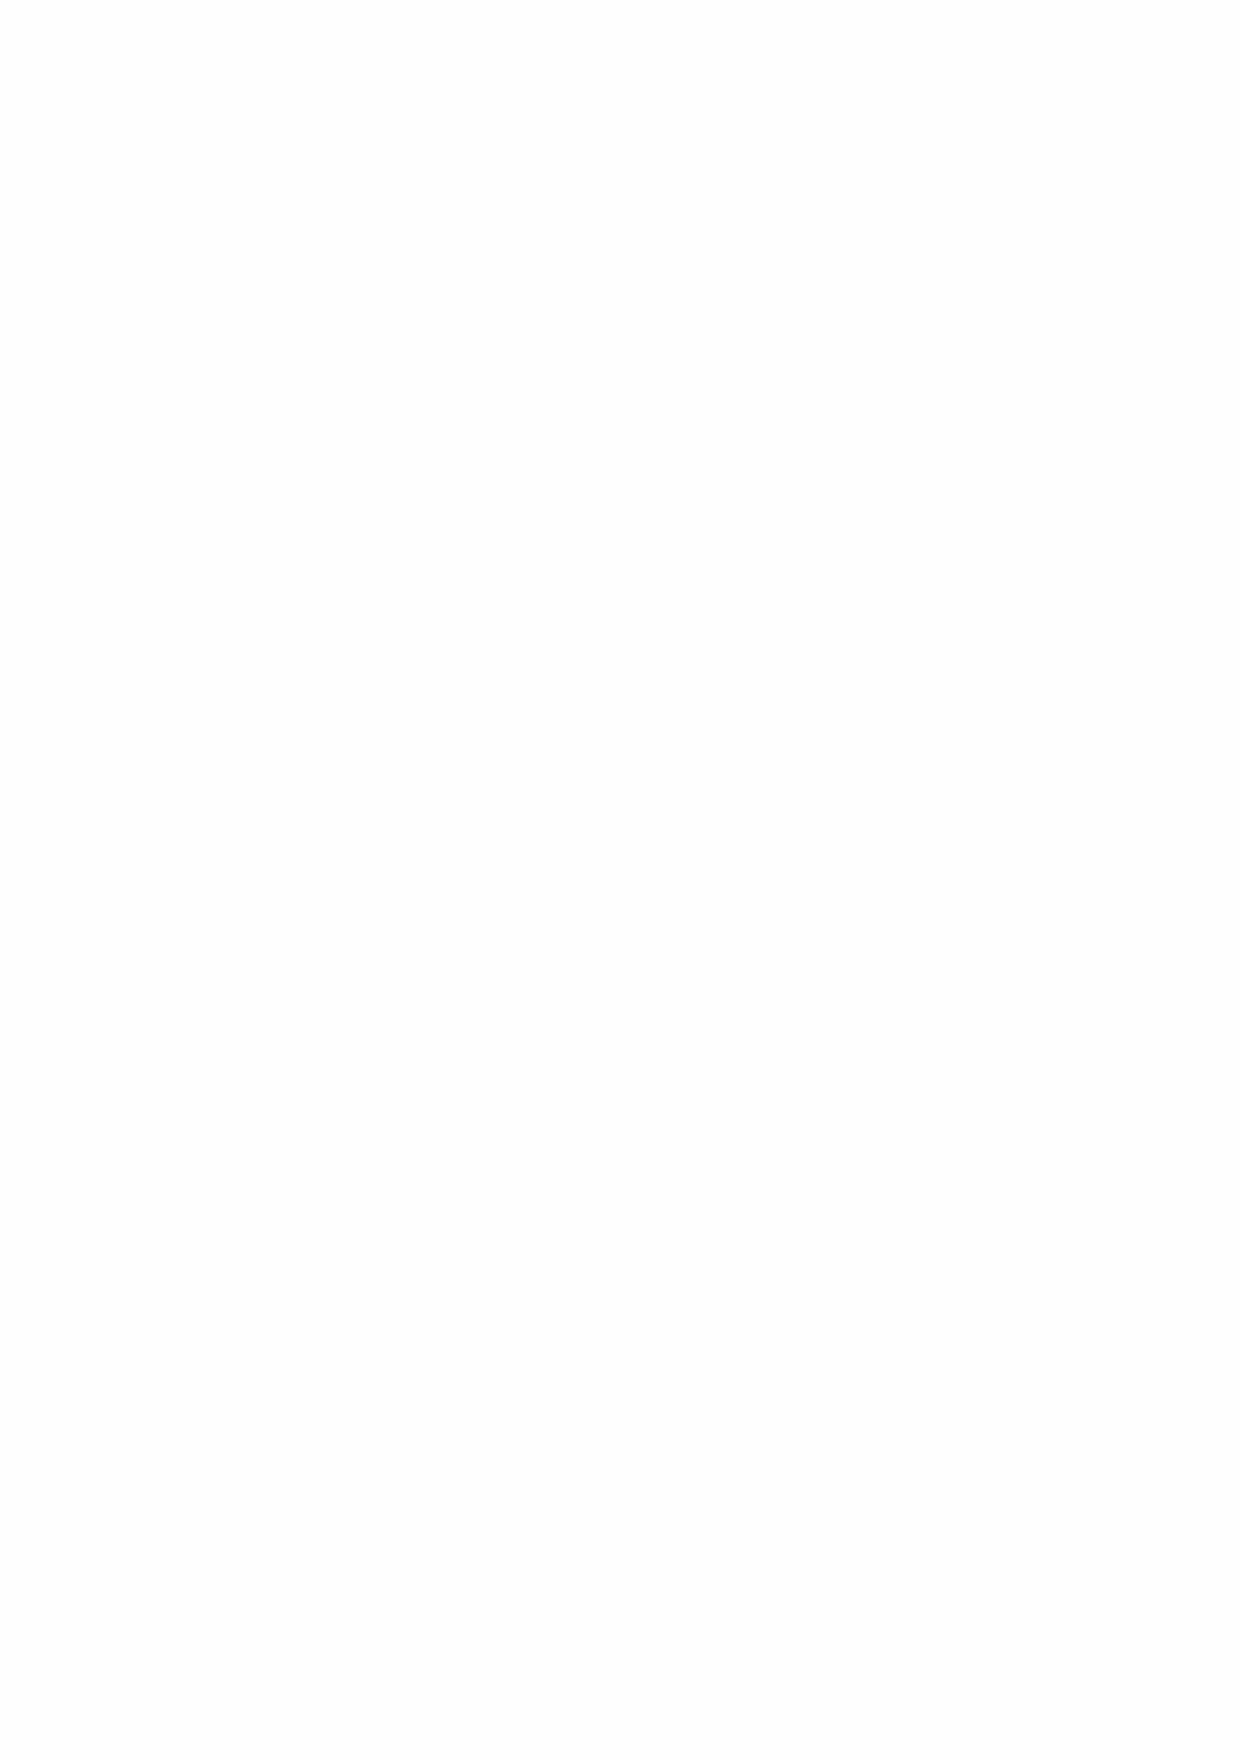
2020      12
 برمسيد  ددعلا - سمالخا ماعلا - ةنراقلما تاساردلا ليج ةلمج - يملعلا ثحبلا ليج زكرم
 8
 8